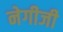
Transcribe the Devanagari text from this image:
नेगीजी